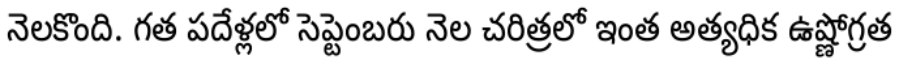
నెలకొంది. గత పదేళ్లలో సెప్టెంబరు నెల చరిత్రలో ఇంత అత్యధిక ఉష్ణోగ్రత